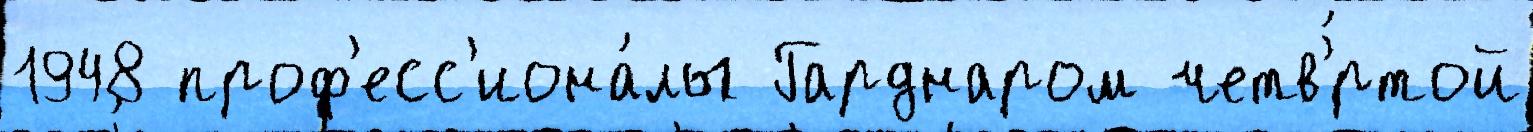
1948 проф'есс'иона́лы Гарднаром четв'́ртой